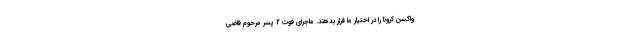
واکسن کرونا را در اختیار ما قرار بدهند. ماجرای فوت ۲ پسر مرحوم قاضی